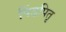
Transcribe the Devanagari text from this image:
पिंडपितृ